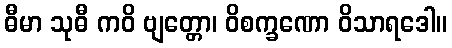
ဓီမာ သုဓီ ကဝိ ဗျတ္တော၊ ဝိစက္ခဏော ဝိသာရဒေါ။